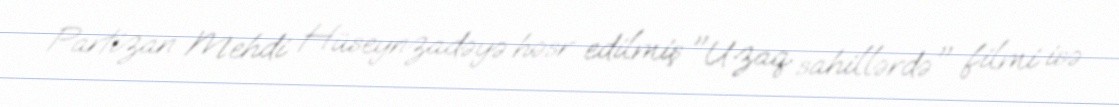
Partizan Mehdi Hüseynzadəyə həsr edilmiş "Uzaq sahillərdə" filmi isə